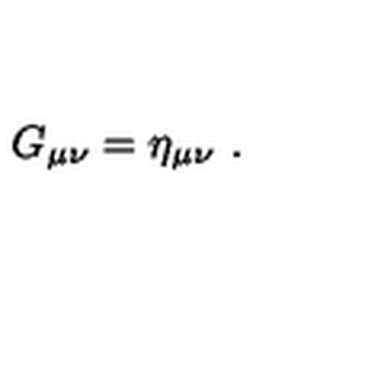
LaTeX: G _ { \mu \nu } = \eta _ { \mu \nu } \ .